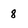
Character: 8